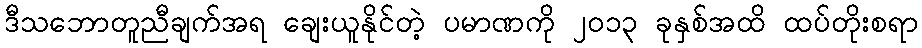
ဒီသဘောတူညီချက်အရ ချေးယူနိုင်တဲ့ ပမာဏကို ၂၀၁၃ ခုနှစ်အထိ ထပ်တိုးစရာ